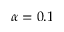
\alpha = 0 . 1